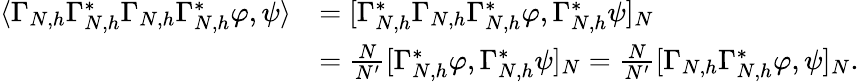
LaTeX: \begin{array}{rl}{\langle\Gamma_{N,h}\Gamma_{N,h}^{*}\Gamma_{N,h}\Gamma_{N,h}^{*}\varphi,\psi\rangle}&{=[\Gamma_{N,h}^{*}\Gamma_{N,h}\Gamma_{N,h}^{*}\varphi,\Gamma_{N,h}^{*}\psi]_{N}}\\ &{=\frac{N}{N^{\prime}}[\Gamma_{N,h}^{*}\varphi,\Gamma_{N,h}^{*}\psi]_{N}=\frac{N}{N^{\prime}}[\Gamma_{N,h}\Gamma_{N,h}^{*}\varphi,\psi]_{N}.}\end{array}